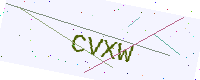
Text: CVXW